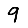
Digit: 9